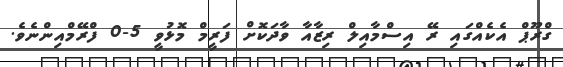
ގްރޫޕް އެކެއްގައި ރޭ އިސްމާއިލް ރިޒާއާ ވާދަކޮށް ފަރީމް މޮޅުވީ 5-0 ފްރޭމްއިންނެވެ.